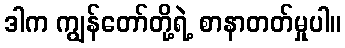
ဒါက ကျွန်တော်တို့ရဲ့ စာနာတတ်မှုပါ။